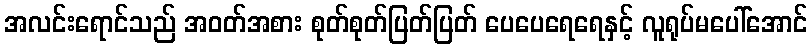
အလင်းရောင်သည် အဝတ်အစား စုတ်စုတ်ပြတ်ပြတ် ပေပေရေရေနှင့် လူရုပ်မပေါ်အောင်